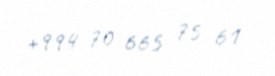
+994 70 665 75 61